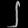
Digit: ၂